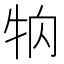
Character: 𤘻